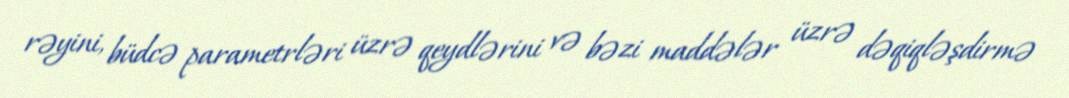
rəyini, büdcə parametrləri üzrə qeydlərini və bəzi maddələr üzrə dəqiqləşdirmə